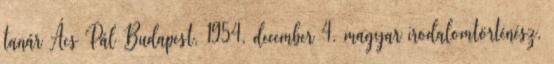
tanár Ács Pál Budapest, 1954. december 4. magyar irodalomtörténész,